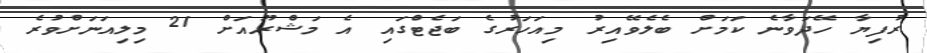
ރުފިޔާ ހޭދަވާނެ ކަމަށް ބެލެވޭއިރު މިއަހަރުގެ ބަޖެޓްގައި އެ މަޝްރޫއަށް 21 މިލިއަނަށްވުރެ